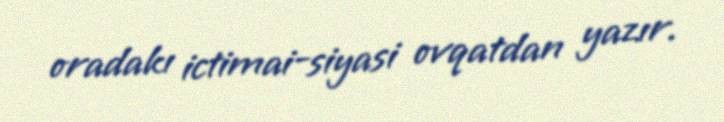
oradakı ictimai-siyasi ovqatdan yazır.